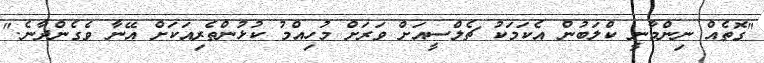
"ގޮތެއް ނިންމާނީ ކްލަބުން އެކަމަކު ޗެލްސީއަށް ވަރަށް މުހިއްމު ކުޅުންތެރިއަކަށް އޭނާ ވެގެންދާނެ."